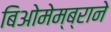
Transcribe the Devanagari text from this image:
बिओमेम्ब्राने